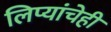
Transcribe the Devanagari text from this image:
लिप्यांचेही